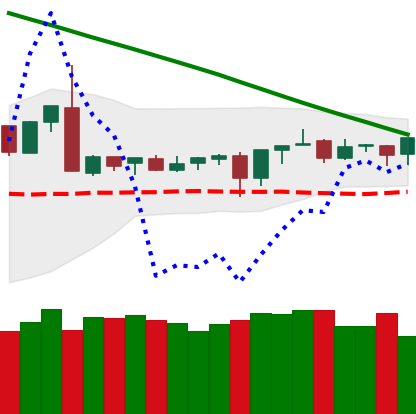
Ticker: XMR-USD
Chart end date: 2019-03-12
Forward return: 4.009%
Label: up_3_5